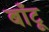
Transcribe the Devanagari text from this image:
बाँटू